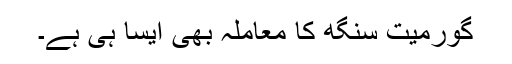
گورمیت سنگھ کا معاملہ بھی ایسا ہی ہے۔